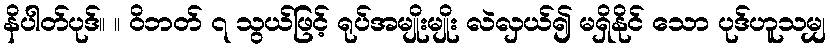
နိပါတ်ပုဒ်။ ။ ဝိဘတ် ၇ သွယ်ဖြင့် ရုပ်အမျိုးမျိုး လဲလှယ်၍ မရှိနိုင် သော ပုဒ်ဟူသမျှ